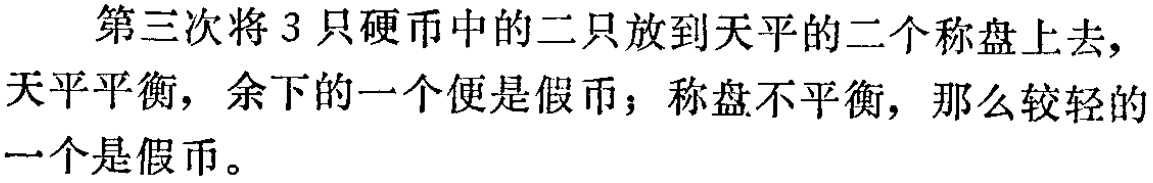
第三次将 3 只硬币中的二只放到天平的二个称盘上去，天平平衡，余下的一个便是假币；称盘不平衡，那么较轻的一个是假币。